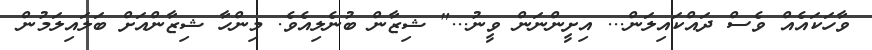
ވާހަކައެއް ވެސް ދައްކައިލަން... އިށީންނަން ވީނު..." ޝިޒާން ބުނެލިއެވެ. މިންހާ ޝިޒާންއަށް ބަލައިލަމުން